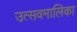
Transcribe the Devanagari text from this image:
उत्सवमालिका